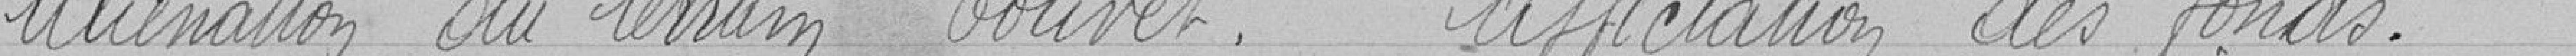
Alimentation du terrain Touvet. Affectation des fonds.